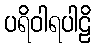
ပရိဝါရပါဠိ